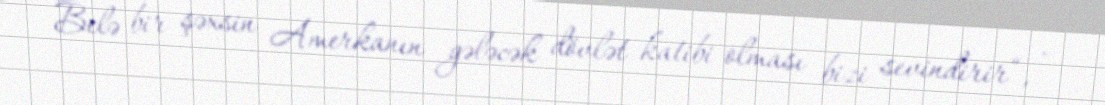
Belə bir şəxsin Amerkanın gələcək dövlət katibi olması bizi sevindirir“, -